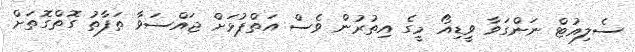
ސެލިއުޓް ނަންގަވާ ވީޑިއޯ މީގެ އިތުރުން ވެސް އަތްޕުޅަށް ޖައްސަވާ ތަފާތު ގޮތްގޮތަށް